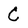
Character: C